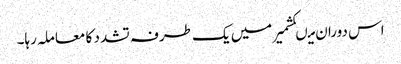
اس دوران میںکشمیر میں یک طرفہ تشدد کا معاملہ رہا۔